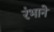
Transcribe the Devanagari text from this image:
रंभाने